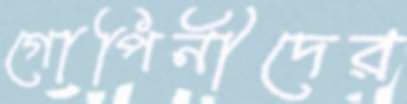
গোপিনীদের